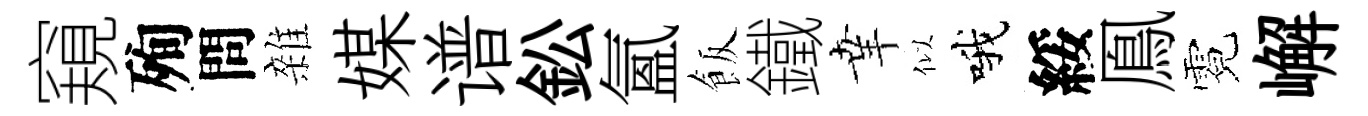
窺殉問雜媒谱鈆氳飯鐵𦍒似哦綏鳯霓嶰